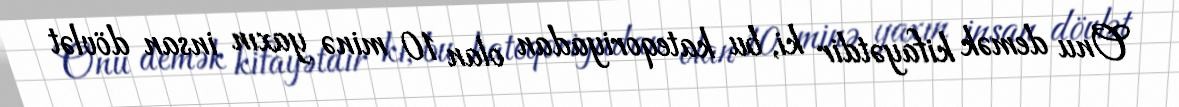
Onu demək kifayətdir ki, bu kateqoriyadan olan 10 minə yaxın insan dövlət